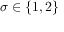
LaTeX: \sigma \in \{ 1 , 2 \}